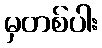
မှတစ်ပါး